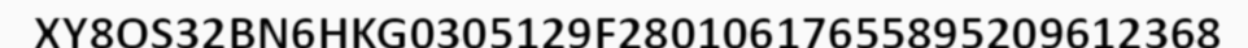
XY8OS32BN6HKG0305129F28010617655895209612368